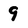
Character: 9